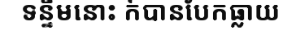
ទន្ទឹមនោះ ក៍បានបែកធ្លាយ